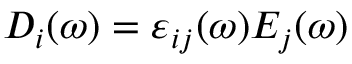
D _ { i } ( \omega ) = \varepsilon _ { i j } ( \omega ) E _ { j } ( \omega )